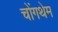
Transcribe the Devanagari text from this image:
चोंगथेम